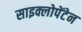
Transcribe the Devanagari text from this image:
साइक्लोपेंटेन